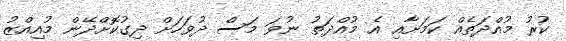
ކުރު މުއްދަތެއް ކަމަށާއި އެ މުއްދަތު ނުވަ މަސް ދުވަހަށް ދިގުކޮށްދޭން މުއިއްޒު